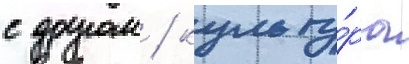
с другом / культу́ра